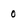
Character: 0